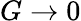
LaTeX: G\to 0